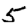
Digit: 5